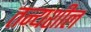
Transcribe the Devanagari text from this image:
तन्यशील